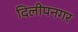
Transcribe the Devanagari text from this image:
दिलीपनगर